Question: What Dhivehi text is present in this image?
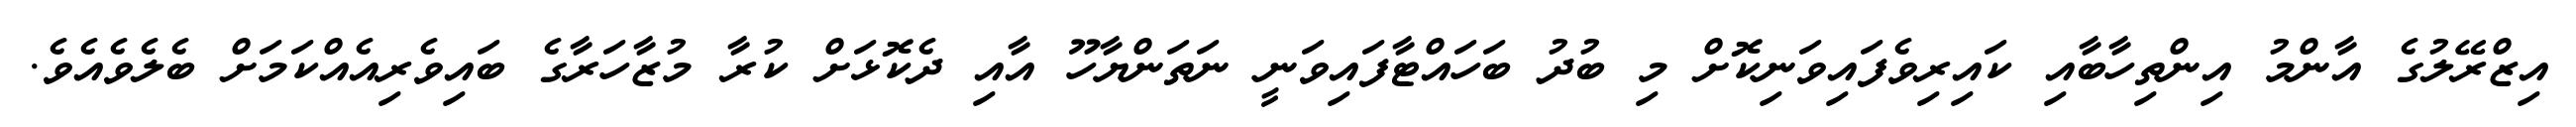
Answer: އިޒްރޭލުގެ އާންމު އިންތިހާބާއި ކައިރިވެފައިވަނިކޮށް މި ބުދު ބަހައްޓާފައިވަނީ ނަތަންޔާހޫ އާއި ދެކޮޅަށް ކުރާ މުޒާހަރާގެ ބައިވެރިއެއްކަމަށް ބެލެވެއެވެ.